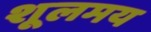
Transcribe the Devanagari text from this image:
शूलमय